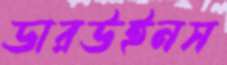
ডারউইনস